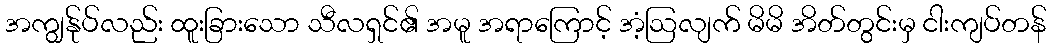
အကျွန်ုပ်လည်း ထူးခြားသော သီလရှင်၏ အမူ အရာကြောင့် အံ့ဩလျက် မိမိ အိတ်တွင်းမှ ငါးကျပ်တန်